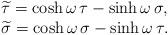
LaTeX: \begin{align*}\begin{array}{c}\widetilde{\tau}=\cosh\omega\,\tau-\sinh\omega\,\sigma,\hfill\\\widetilde{\sigma}=\cosh\omega\,\sigma-\sinh\omega\,\tau.\hfill\end{array}\end{align*}